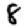
Digit: 8